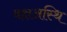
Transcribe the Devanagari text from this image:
वक्षअस्थि